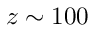
z \sim 1 0 0